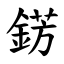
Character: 錺